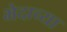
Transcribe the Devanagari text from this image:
भेदाच्या